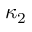
\kappa _ { 2 }